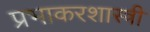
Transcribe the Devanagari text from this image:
प्रभाकरशास्त्री